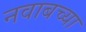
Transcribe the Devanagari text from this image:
नवाबच्या